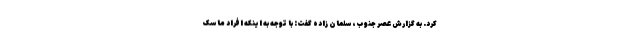
کرد. به گزارش عصر جنوب، سلمان زاده گفت: با توجه به اینکه افراد ماسک